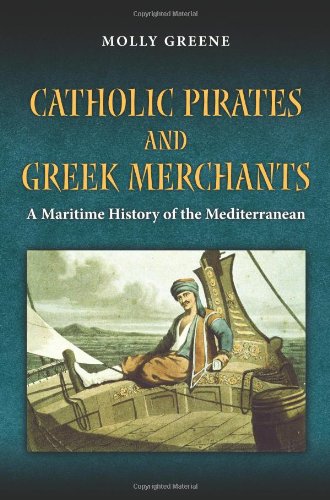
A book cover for Catholic Pirates and Greek Merchants: A Maritime History of the Early Modern Mediterranean (Princeton Modern Greek Studies); Molly Greene; Law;